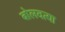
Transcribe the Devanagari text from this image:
बोलवत्या